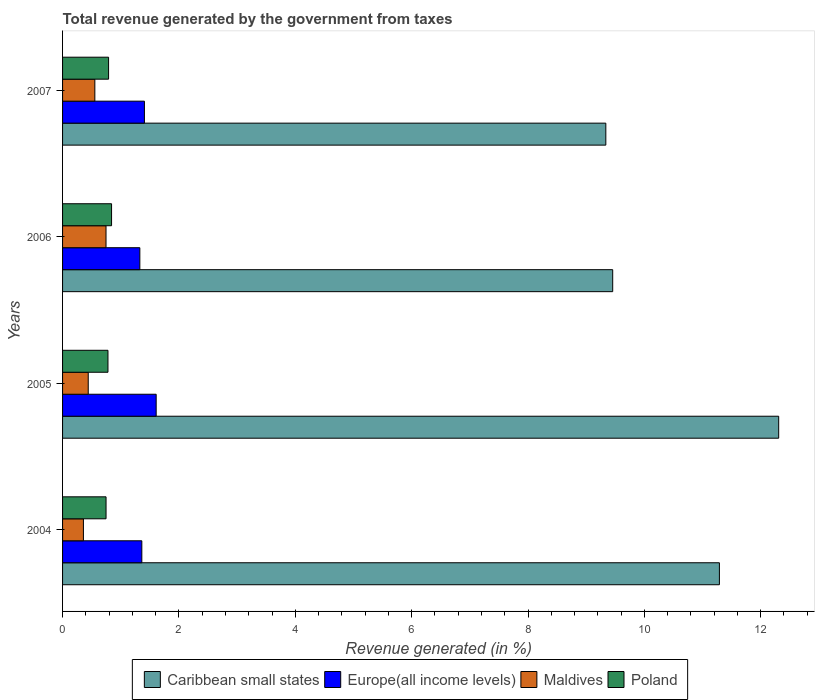
| Years | Caribbean small states | Europe(all income levels) | Maldives | Poland |
 | --- | --- | --- | --- | --- |
 | 2004 | 11.3 | 1.36 | 0.358 | 0.747 |
 | 2005 | 12.3 | 1.61 | 0.441 | 0.78 |
 | 2006 | 9.46 | 1.33 | 0.747 | 0.842 |
 | 2007 | 9.34 | 1.41 | 0.555 | 0.791 |